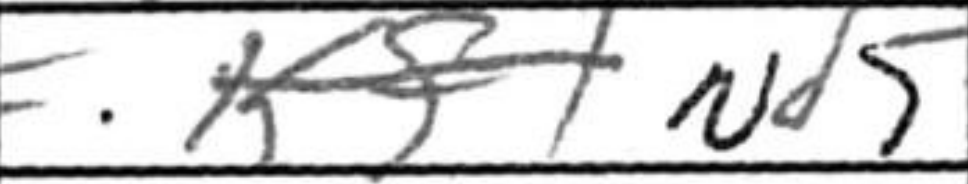
Transcription: Nd5